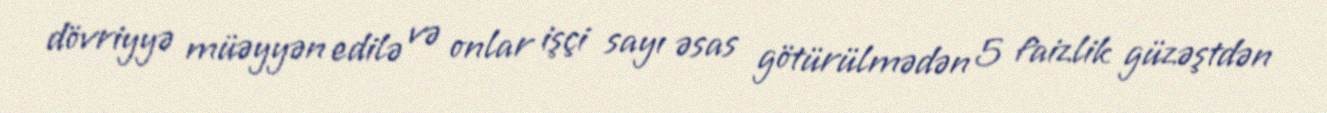
dövriyyə müəyyən edilə və onlar işçi sayı əsas götürülmədən 5 faizlik güzəştdən